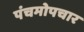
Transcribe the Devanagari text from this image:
पंचमोपचार